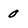
Character: 0